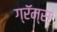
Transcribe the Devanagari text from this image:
ग्रॅम्स